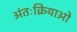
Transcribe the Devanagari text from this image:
अंतःक्रियाओ